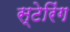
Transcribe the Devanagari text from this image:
स्टेरिंग